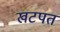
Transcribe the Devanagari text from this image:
खटपत